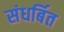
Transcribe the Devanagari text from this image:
संधर्बित